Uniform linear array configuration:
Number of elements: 24
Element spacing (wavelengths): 0.5
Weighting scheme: exponential
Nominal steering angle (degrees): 30
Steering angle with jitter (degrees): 29.282
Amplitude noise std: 0.05
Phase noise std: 0.05

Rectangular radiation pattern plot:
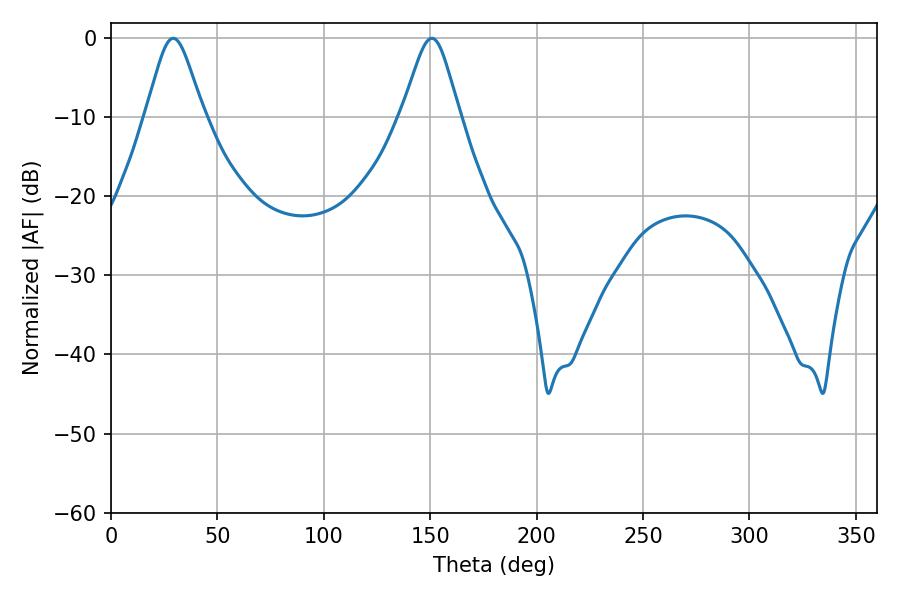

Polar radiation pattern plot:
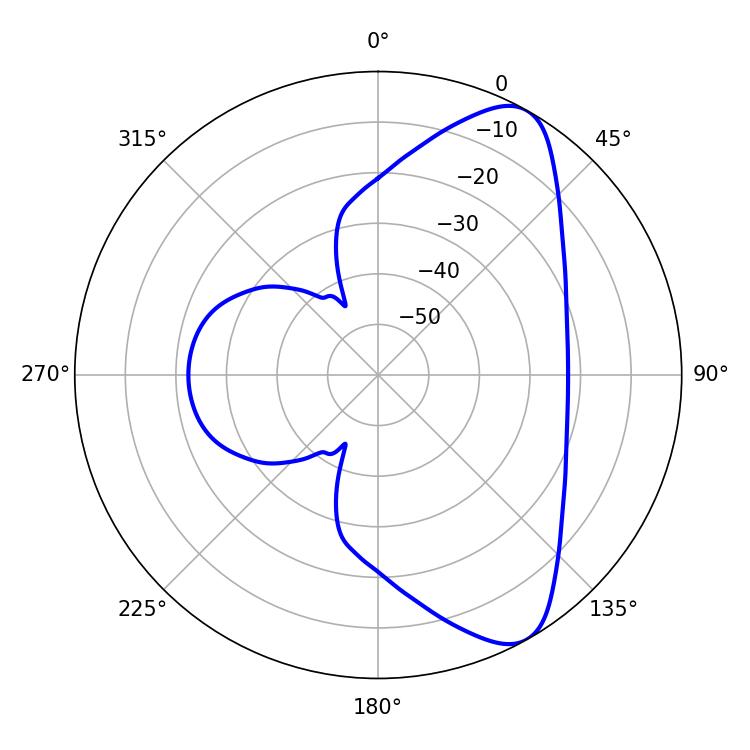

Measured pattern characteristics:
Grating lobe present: FALSE
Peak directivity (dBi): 8.521
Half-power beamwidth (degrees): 13.14
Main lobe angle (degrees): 29.16